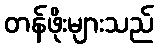
တန်ဖိုးများသည်